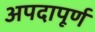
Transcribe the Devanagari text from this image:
अपदापूर्ण